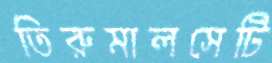
তিরুমালসেটি